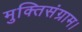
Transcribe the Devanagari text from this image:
मुक्तिसंग्राम।